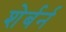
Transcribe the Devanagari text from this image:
शेर्बर्न